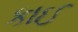
કાઈ